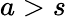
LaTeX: a>s